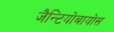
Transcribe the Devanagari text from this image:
जैन्टियोबायोस